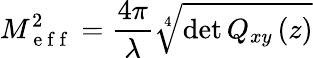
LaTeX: M_{\mathrm{~e~f~f~}}^{2}=\frac{4\pi}{\lambda}\sqrt[4]{\operatorname*{det}Q_{xy}\left(z\right)}